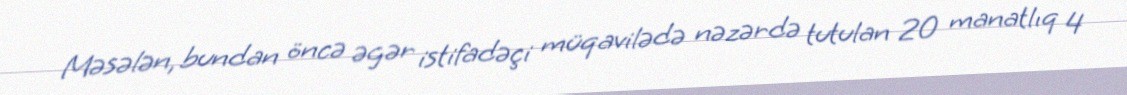
Məsələn, bundan öncə əgər istifadəçi müqavilədə nəzərdə tutulan 20 manatlıq 4